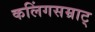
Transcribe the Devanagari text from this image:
कलिंगसम्राट्